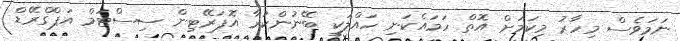
ނަމަވެސް މިހާރު މިކަމަށް އޮތް ހަމައެކަނި ހައްލަކީ ބޭނުންކުރާ އޮޕަރޭޓިން ސިސްޓަމް އަޕްގްރޭޑް